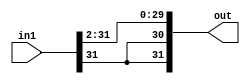
`timescale 1ns / 1ps


module 
 fixed_point_divider #(parameter
	DATA_WIDTH = 32,
	INTEGER = 23, 
	FRACTION = 8 )
    (
    input [DATA_WIDTH-1:0] in1,
    output [DATA_WIDTH-1:0] out
    );

	assign out = {in1 [DATA_WIDTH-1],in1 [DATA_WIDTH-1],in1 [DATA_WIDTH-1:2]};
  
endmodule